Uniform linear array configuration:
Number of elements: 12
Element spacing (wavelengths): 1
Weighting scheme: blackman
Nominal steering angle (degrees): -60
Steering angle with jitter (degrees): -58.698
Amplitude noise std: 0.05
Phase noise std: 0.05

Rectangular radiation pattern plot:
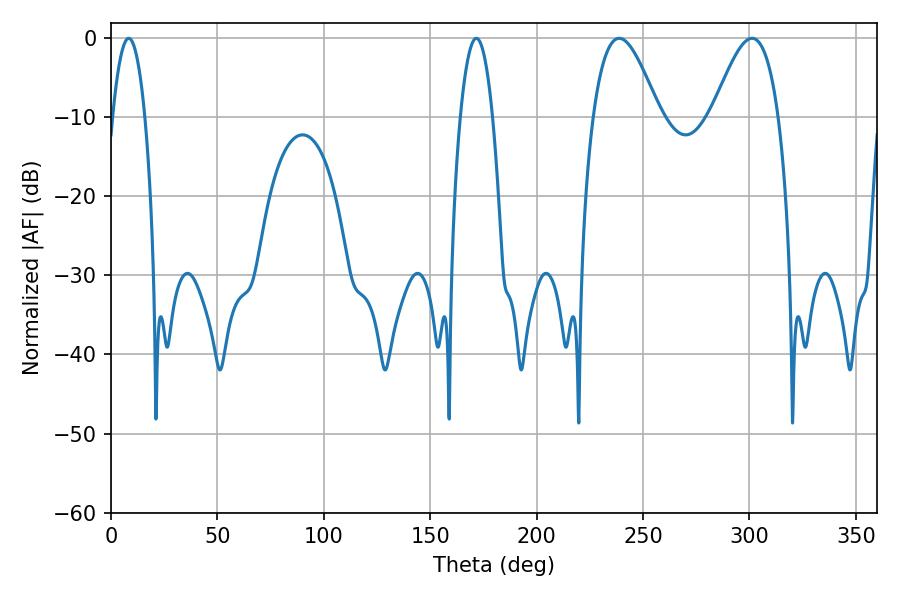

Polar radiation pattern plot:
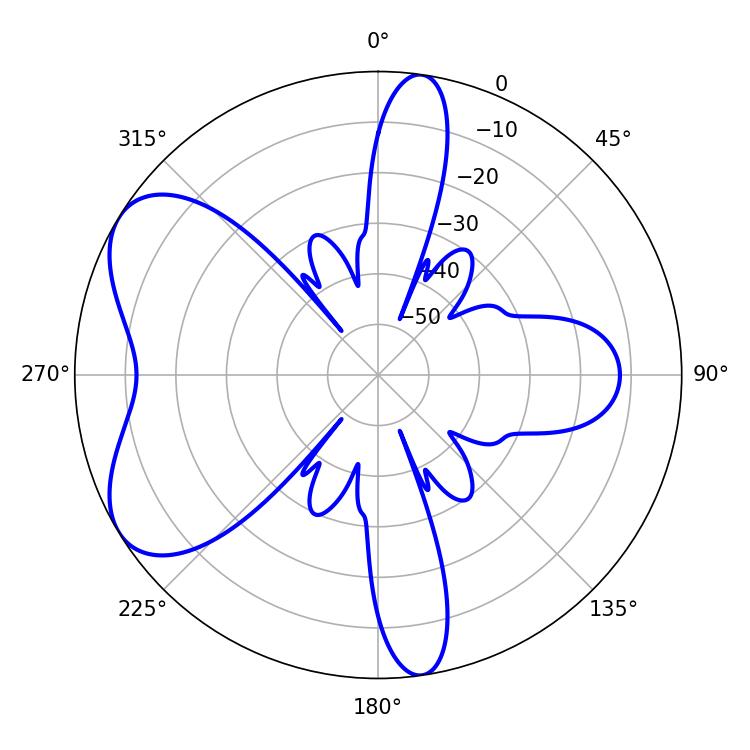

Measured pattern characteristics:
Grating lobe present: TRUE
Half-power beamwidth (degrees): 16.74
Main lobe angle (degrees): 238.86